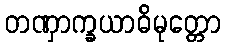
တဏှာက္ခယာဓိမုတ္တော